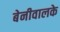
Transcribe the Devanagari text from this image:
बेनीवालके